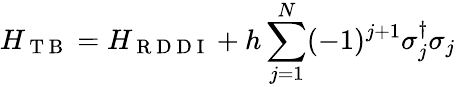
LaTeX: H_{\mathrm{~T~B~}}=H_{\mathrm{~R~D~D~I~}}+h\sum_{j=1}^{N}(-1)^{j+1}\sigma_{j}^{\dagger}\sigma_{j}